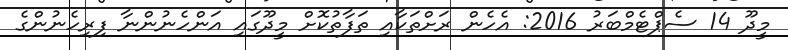
މީދޫ 14 ސެޕްޓެމްބަރު 2016: އެހެން ރަށްތަކާއި ތަފާތުކޮށް މީދޫގައި އަންހެނުންނާ ފިރިހެނުންގެ